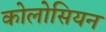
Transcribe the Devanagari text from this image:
कोलोसियन